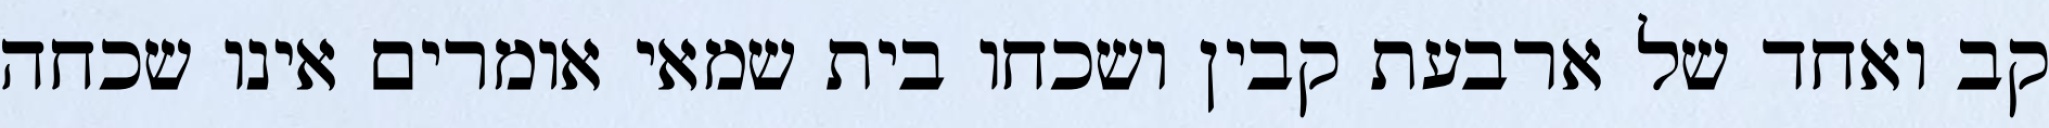
קב ואחד של ארבעת קבין ושכחו בית שמאי אומרים אינו שכחה